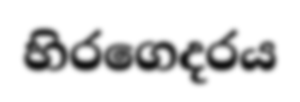
හිරගෙදරය